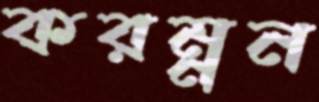
করম্নন